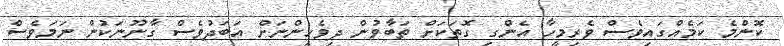
ކޮންމެ ކަމެއްގައިވެސް ވެރިމީހާ އެންގި ގޮތަކަށް ތަބާވުން ދިވެހީންނަށް އަބަދުވެސް ގާނޫނަކުން ނަމަވެސް